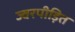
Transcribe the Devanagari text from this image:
ज्वरपीड़ित